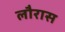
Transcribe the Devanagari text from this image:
लौरास